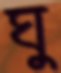
ঘু